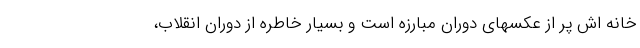
خانه اش پر از عکسهای دوران مبارزه است و بسیار خاطره از دوران انقلاب،